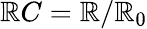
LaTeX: \mathbb{R}C=\mathbb{R}/\mathbb{R}_{0}